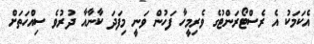
އެކަމަކު އެ ރެސްޓޯރަންޓުގެ ވެރިމީހާ ފަހުން ވަނީ މިފަދަ ކާނާއާ ދުރުވެ ސިއްހަތަށް